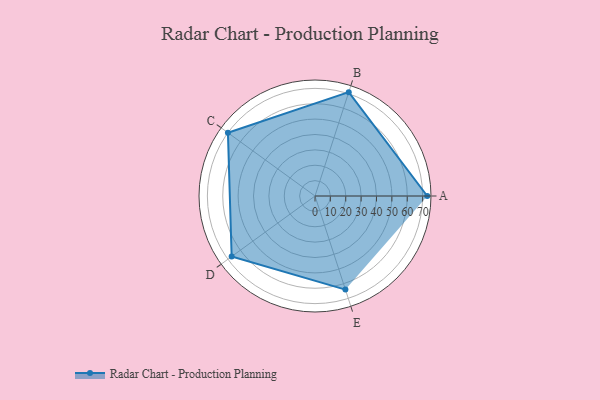
{"axis": {"x": "Skill", "y": "Score"}, "legend": ["Profile"], "data": [{"x": "A", "y": 73.0, "type": "Profile"}, {"x": "B", "y": 71.0, "type": "Profile"}, {"x": "C", "y": 70.0, "type": "Profile"}, {"x": "D", "y": 67.0, "type": "Profile"}, {"x": "E", "y": 64.0, "type": "Profile"}]}